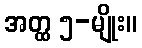
အတ္ထ ၅-မျိုး။